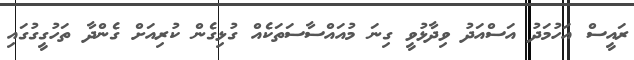
ރައީސް އަހުމަދު އަސްއަދު ވިދާޅުވީ ގިނަ މުއައްސާސަތަކެއް ގުޅިގެން ކުރިއަށް ގެންދާ ތަހުގީގުގައި